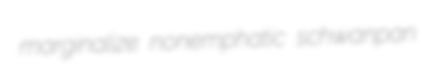
marginalize nonemphatic schwanpan